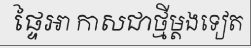
ផ្ទៃអា កាសជាថ្មីម្តងទៀត